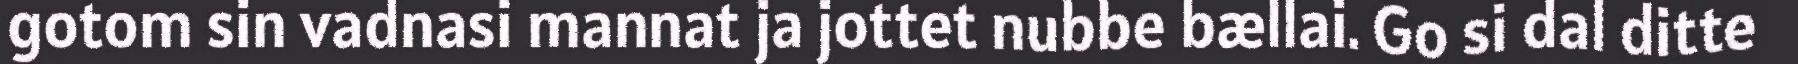
gotom sin vadnasi mannat ja jottet nubbe bællai. Go si dal ditte